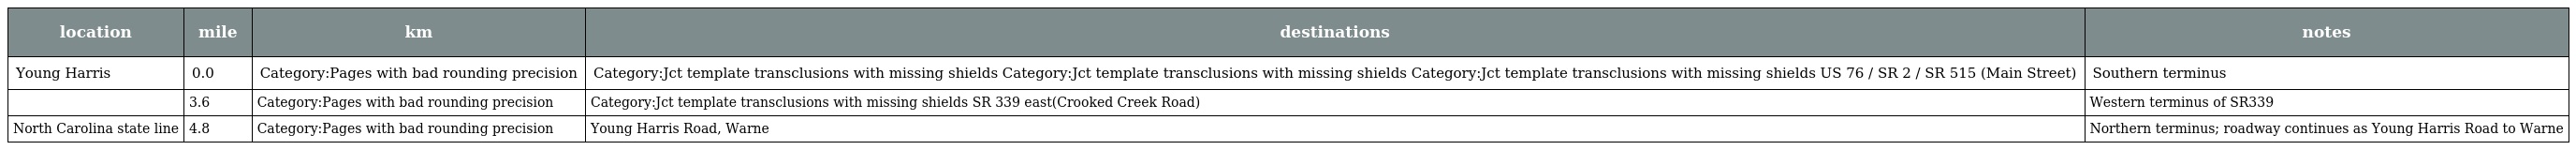
| location | mile | km | destinations | notes |
 | --- | --- | --- | --- | --- |
 | Young Harris | 0.0 | Category:Pages with bad rounding precision | Category:Jct template transclusions with missing shields Category:Jct template transclusions with missing shields Category:Jct template transclusions with missing shields US 76 / SR 2 / SR 515 (Main Street) | Southern terminus |
 |  | 3.6 | Category:Pages with bad rounding precision | Category:Jct template transclusions with missing shields SR 339 east(Crooked Creek Road) | Western terminus of SR339 |
 | North Carolina state line | 4.8 | Category:Pages with bad rounding precision | Young Harris Road, Warne | Northern terminus; roadway continues as Young Harris Road to Warne |